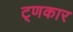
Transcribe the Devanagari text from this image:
ट्णकार